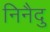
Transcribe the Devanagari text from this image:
निनैदु